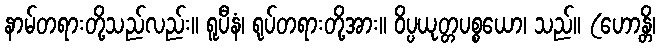
နာမ်တရားတို့သည်လည်း။ ရူပီနံ၊ ရုပ်တရားတို့အား။ ဝိပ္ပယုတ္တပစ္စယော၊ သည်။ (ဟောန္တိ၊